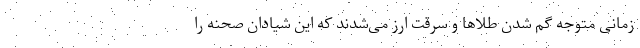
زمانی متوجه گم شدن طلاها و سرقت ارز می‌شدند که این شیادان صحنه را